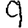
Digit: 9